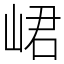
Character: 峮